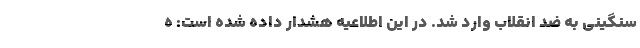
سنگینی به ضد انقلاب وارد شد. در این اطلاعیه هشدار داده شده است: ه